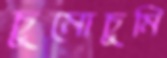
চুমোচুমি